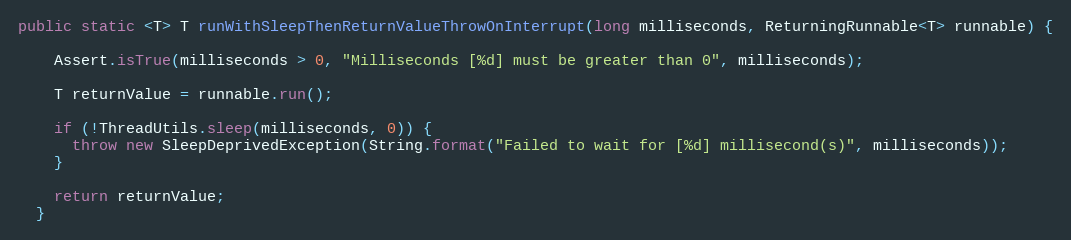
Language: Java
public static <T> T runWithSleepThenReturnValueThrowOnInterrupt(long milliseconds, ReturningRunnable<T> runnable) {

    Assert.isTrue(milliseconds > 0, "Milliseconds [%d] must be greater than 0", milliseconds);

    T returnValue = runnable.run();

    if (!ThreadUtils.sleep(milliseconds, 0)) {
      throw new SleepDeprivedException(String.format("Failed to wait for [%d] millisecond(s)", milliseconds));
    }

    return returnValue;
  }